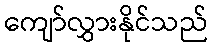
ကျော်လွှားနိုင်သည်